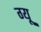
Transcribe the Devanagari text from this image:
ग्यू